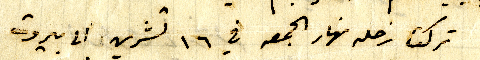
تركت زحله نهار الجمعه في ١٦ تشرين الى بيروت